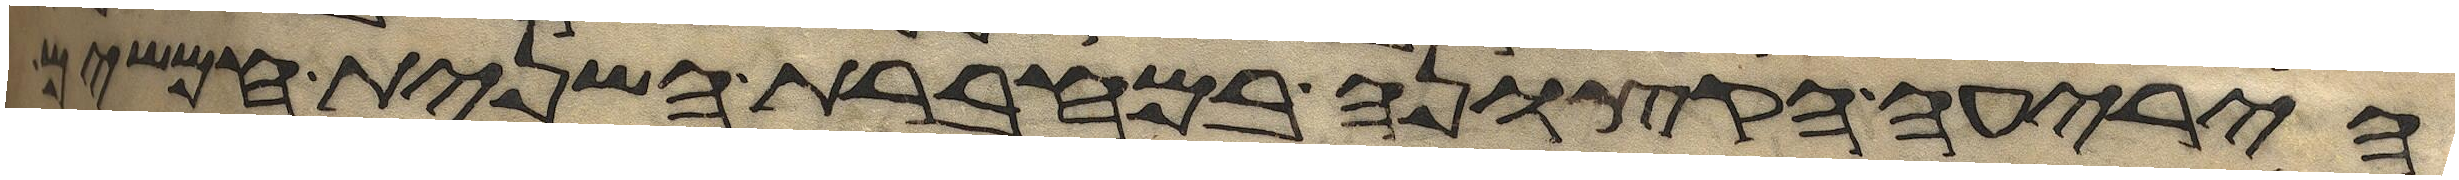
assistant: היריעה הקצונה במחברת השנית חמשים